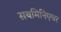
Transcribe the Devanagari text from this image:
सबमिनिएचर